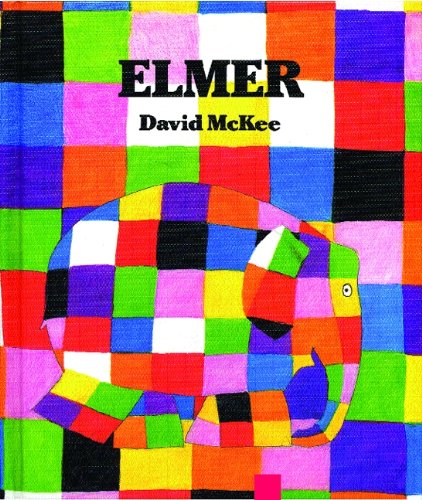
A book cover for Elmer (Elmer Books); David McKee; Crafts, Hobbies & Home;